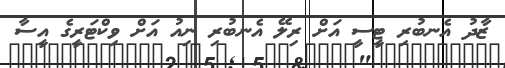
ޒާދު އެނބުރި ޓީސީ އަށް ރިލޭ އެނބުރި ނިއު އަށް ވިކްޓަރީގެ އީސާ